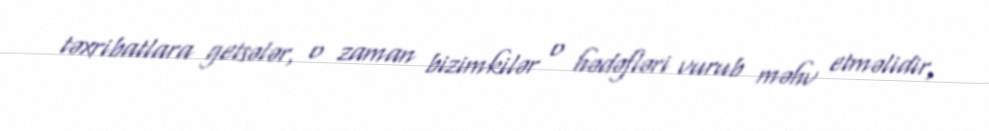
təxribatlara getsələr, o zaman bizimkilər o hədəfləri vurub məhv etməlidir,